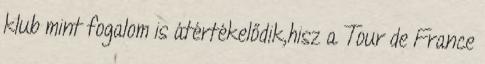
klub mint fogalom is átértékelődik,hisz a Tour de France